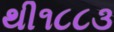
થી૧૮૮૩